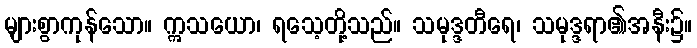
များစွာကုန်သော။ ဣသယော၊ ရသေ့တို့သည်။ သမုဒ္ဒတီရေ၊ သမုဒ္ဒရာ၏အနီး၌။